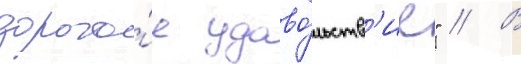
дорого́е удово́льств'ие" // В